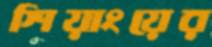
শিয়াংয়ের